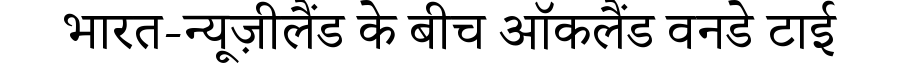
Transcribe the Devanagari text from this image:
भारत-न्यूज़ीलैंड के बीच ऑकलैंड वनडे टाई